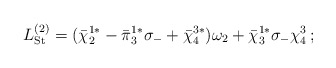
\begin{align*}L_{\rm St}^{(2)} = ({\bar\chi}_2^{1*} - {\bar\pi}_3^{1*} \sigma_- + {\bar\chi}_4^{3*}) \omega_2 + {\bar\chi}_3^{1*} \sigma_-\chi_4^3 \, ;\end{align*}